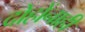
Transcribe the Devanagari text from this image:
दोहोंनाही